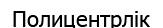
Полицентрлік